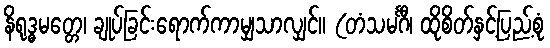
နိရုဒ္ဓမတ္တေ၊ ချုပ်ခြင်းရောက်ကာမျှသာလျှင်။ (တံသမင်္ဂီ၊ ထိုစိတ်နှင့်ပြည့်စုံ